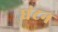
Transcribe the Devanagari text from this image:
घंटन